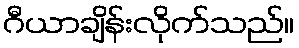
ဂီယာချိန်းလိုက်သည်။